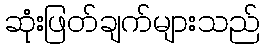
ဆုံးဖြတ်ချက်များသည်